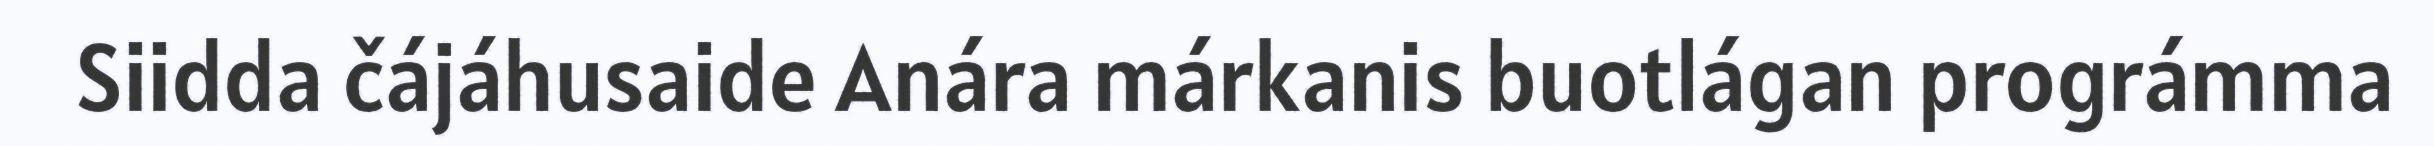
Siidda čájáhusaide Anára márkanis buotlágan prográmma